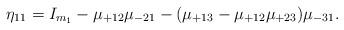
LaTeX: \begin{align*}\eta_{11} = I_{m_1} - \mu_{+12} \mu_{-21} - (\mu_{+13} - \mu_{+12}\mu_{+23}) \mu_{-31}.\end{align*}